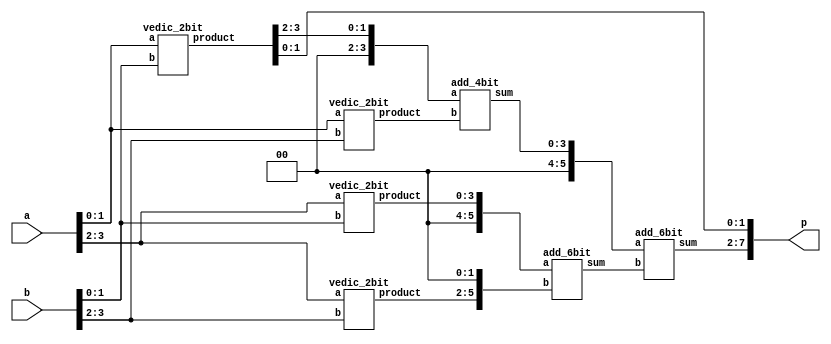
`timescale 1ns / 1ps

module vedic_multiplier(
input [3:0] a,
input [3:0] b,
output [7:0] p
    );
    
    wire [3:0] q0;
    wire [3:0] q1;
    wire [3:0] q2;
    wire [3:0] q3;
    wire [3:0] q4;
    wire [5:0] q5;
    wire [5:0] q6;
    wire [3:0] temp0;
    wire [5:0] temp1;
    wire [5:0] temp2;
    wire [5:0] temp3;
 
    
    vedic_2bit v1(a[1:0],b[1:0],q0[3:0]);
    vedic_2bit v2(a[1:0],b[3:2],q1[3:0]);
    vedic_2bit v3(a[3:2],b[1:0],q2[3:0]);
    vedic_2bit v4(a[3:2],b[3:2],q3[3:0]);
    
    assign temp0 = {2'b0,q0[3:2]};
    add_4bit a1(temp0,q1[3:0],q4);
    
    assign temp1 ={2'b0,q2[3:0]};
    assign temp2 ={q3[3:0],2'b0};
    add_6bit a2(temp1,temp2, q5);
    
    assign temp3={2'b0,q4};
    add_6bit a3(temp3,q5,q6);
    
    assign p[1:0] = q0[1:0];
    assign p[7:2] = q6[5:0];
    
endmodule

module add_4bit(
input [3:0] a,b,
output [3:0] sum);
assign sum = a+b;
endmodule


module add_6bit(
input [5:0] a,b,
output [5:0] sum);
assign sum = a+b;
endmodule


module vedic_2bit(
input [1:0] a,
input [1:0] b,
output [3:0] product
    );
   wire  [3:0]p;
   wire  [3:0] w;
   and (p[0],a[0],b[0]);
   and (w[0],a[0],b[1]);
   and (w[1],a[1],b[0]);
   and (w[2],a[1],b[1]);
   
   
   half_adder ha1(p[1],w[3],w[0],w[1]);
   half_adder ha2(p[2],p[3],w[2],w[3]);
    
   assign product = {p[3:0]};
endmodule

module half_adder(
output sum,carry,
input a,b
);

assign sum = a^b;
assign carry = a&b;

endmodule